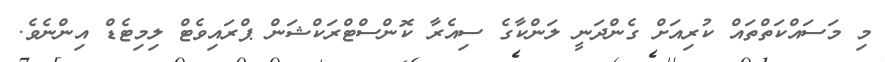
މި މަސައްކަތްތައް ކުރިއަށް ގެންދަނީ ލަންކާގެ ސިއެރާ ކޮންސްޓްރަކްޝަން ޕްރައިވެޓް ލިމިޓެޑް އިންނެވެ.